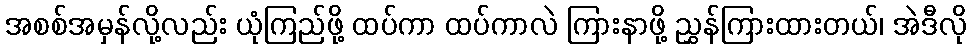
အစစ်အမှန်လို့လည်း ယုံကြည်ဖို့ ထပ်ကာ ထပ်ကာလဲ ကြားနာဖို့ ညွှန်ကြားထားတယ်၊ အဲဒီလို